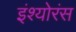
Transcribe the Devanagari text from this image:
इंश्योरंस